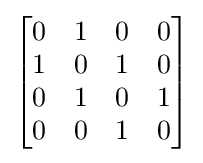
{\begin{bmatrix}0&1&0&0\\1&0&1&0\\0&1&0&1\\0&0&1&0\\\end{bmatrix}}